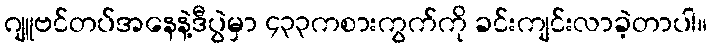
ဂျူဗင်တပ်အနေနဲ့ဒီပွဲမှာ ၄၃၃ကစားကွက်ကို ခင်းကျင်းလာခဲ့တာပါ။